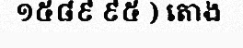
១៥៨៩ ៩៥ ) តោង៑